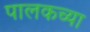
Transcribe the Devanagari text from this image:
पालकच्या